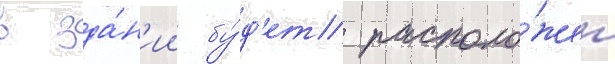
в зда́н'ии бу́д'ет располо́жен